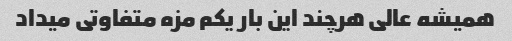
همیشه عالی هرچند این بار یکم مزه متفاوتی میداد